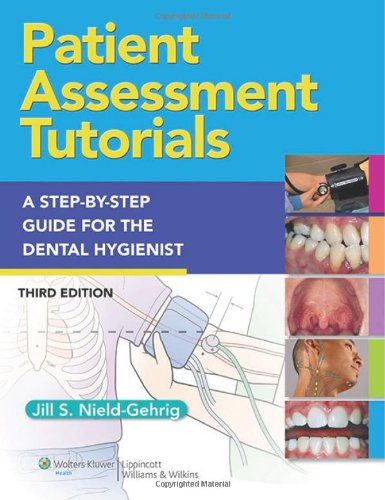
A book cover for Patient Assessment Tutorials: A Step-By-Step Procedures Guide For The Dental Hygienist; Jill S. Gehrig RDH  MA; Medical Books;